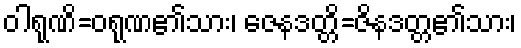
ဝါရုဏိ=ဝရုဏ၏သား၊ ဇေနဒတ္တိ=ဇိနဒတ္တ၏သား၊